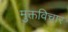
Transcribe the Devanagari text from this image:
मुक्तविचार